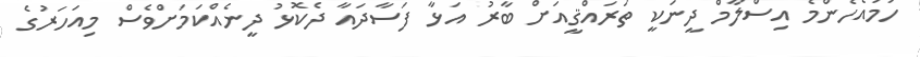
ހަމައެހެންމެ އިސްލާމް ދީނަކީ ތަރައްޤީއަށް ބާރު އަޅާ ފަސާދައާ ދެކޮޅު ދީނެއްކަމަށްވެސް މިއަހަރުގެ